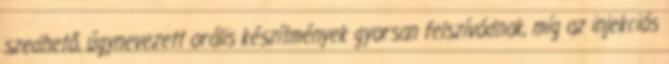
szedhető, úgynevezett orális készítmények gyorsan felszívódnak, míg az injekciós